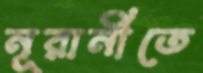
নূরানীতে